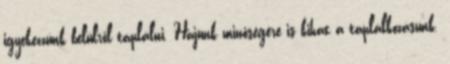
igyekezzünk belülről táplálni. Hajunk minőségére is kihat a táplálkozásunk.